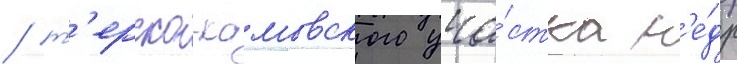
/ т'ерско-камовского уча́стка н'е́др